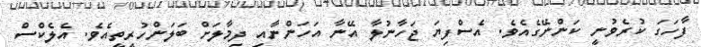
ފާހަގަ ކުރެވުނީ ކަންނޭގެއެވެ. އެސްފިޔަ ޖަހާނުލާ އޭނާ އަހަންނާއި ދިމާލަށް ބަލަންހުރީތީއެވެ. އެލެކްސް